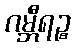
ဂမ္ဘီရဉ္စ